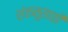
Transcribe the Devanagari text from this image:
शंतनूसाठी